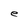
Character: e